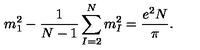
m _ { 1 } ^ { 2 } - \frac { 1 } { N - 1 } \sum _ { I = 2 } ^ { N } m _ { I } ^ { 2 } = \frac { e ^ { 2 } N } { \pi } .